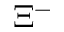
\Xi ^ { - }